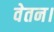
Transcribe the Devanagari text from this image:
वेतन।